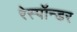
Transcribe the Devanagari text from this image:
रेस्पॉन्डर